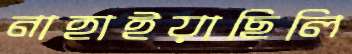
নাহাইয়াছিলি